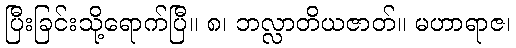
ပြီးခြင်းသို့ရောက်ပြီ။ ၈၊ ဘလ္လာတိယဇာတ်။ မဟာရာဇ၊